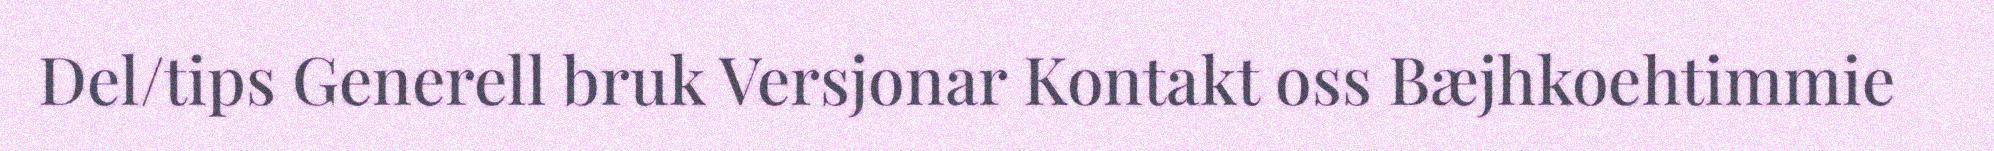
Del/tips Generell bruk Versjonar Kontakt oss Bæjhkoehtimmie